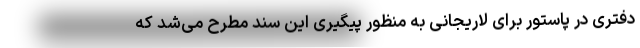
دفتری در پاستور برای لاریجانی به منظور پیگیری این سند مطرح می‌شد که